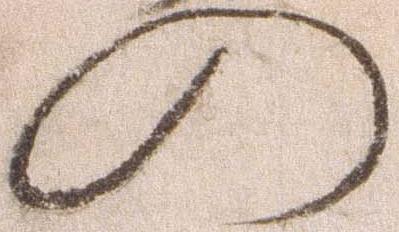
の